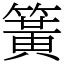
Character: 簧